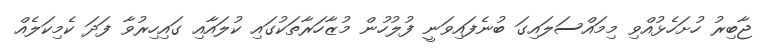
ޖާބިރު ހުށަހެޅުއްވި މިމައްސަލައިގަ ބުނެފައިވަނީ ފުލުހުން މުޒާހަރާތަކުގައި ކުލައާއި ގައިހިރުވާ ފަދަ ކެމިކަލެއް